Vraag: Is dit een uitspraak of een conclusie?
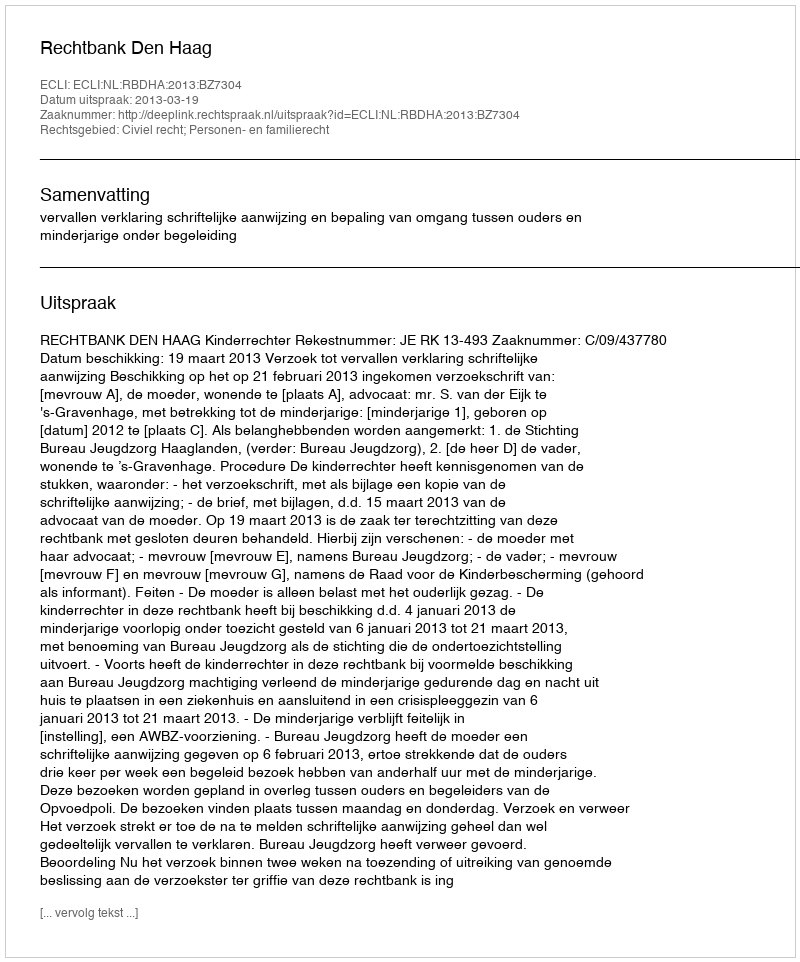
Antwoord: Uitspraak